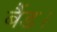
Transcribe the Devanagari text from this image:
बैंड।